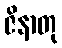
ဇိနာတု